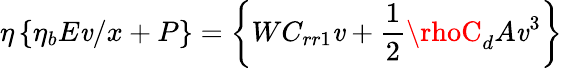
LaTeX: \eta\left\{ \eta_{b}E\mathit{v}/x+P\right\} =\left\{ WC_{rr1}\mathit{v}+{\frac{{1}}{{2}}}\rhoC_{d}A\mathit{v}^{3}\right\}